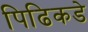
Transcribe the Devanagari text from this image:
पिढिकडे